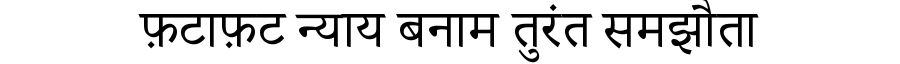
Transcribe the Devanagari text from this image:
फ़टाफ़ट न्याय बनाम तुरंत समझौता